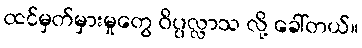
ထင်မှတ်မှားမှုတွေ ဝိပ္ပလ္လာသ လို့ ခေါ်တယ်။